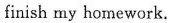
finish my homework.